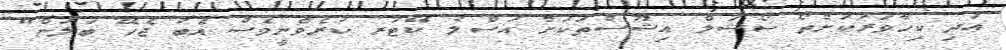
އަދި ކިހާވަރަކަށްތޯ ސޯޝަލް އިޝޫސްތަކަށް އަސްލު ކޭޓަރ ކުރެވެނީވެސް އެބަ ޖެހޭ ބަލަން"